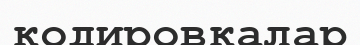
кодировкалар